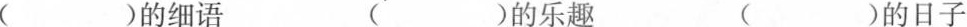
（）的细语 （ ）的乐趣 ( )的日子